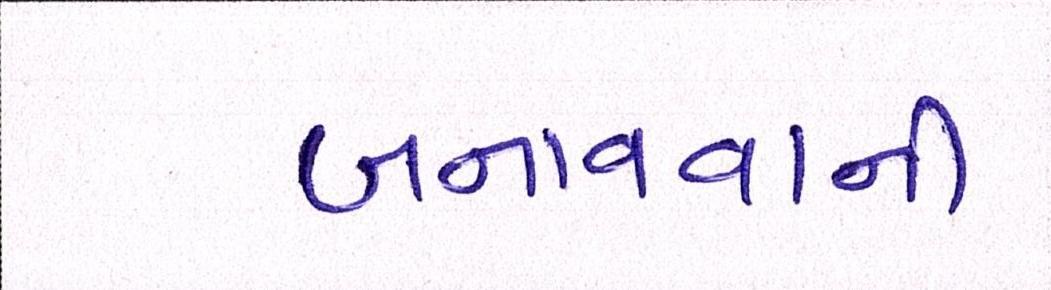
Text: બનાવવાની